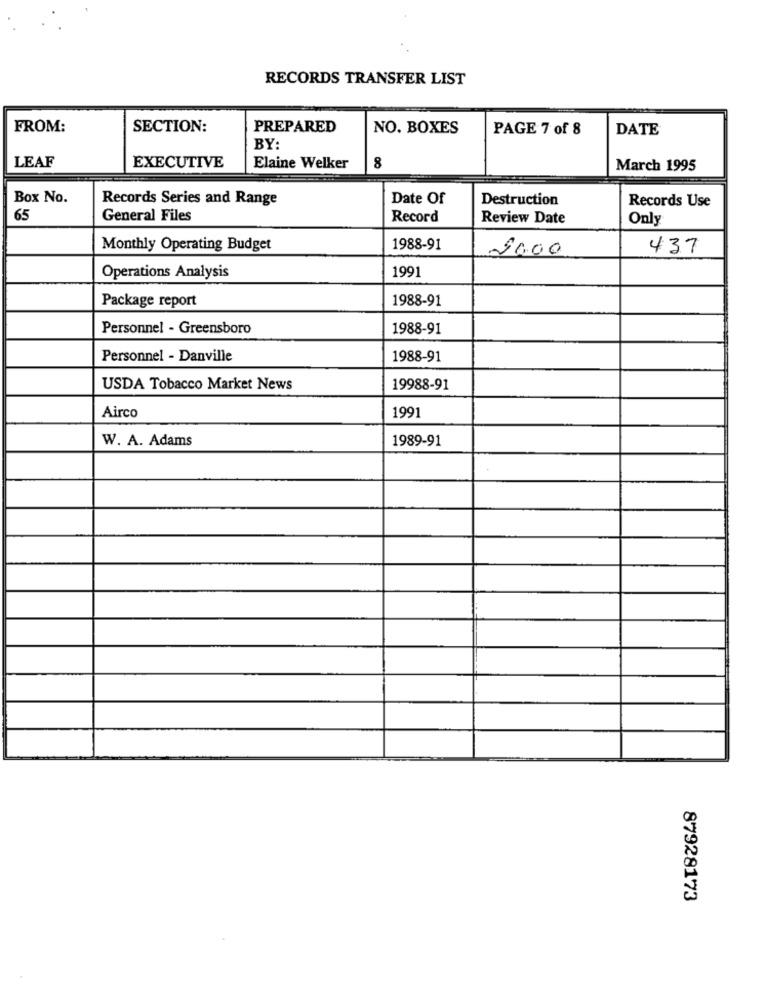
RECORDS TRANSFER LIST
FROM:
SECTION:
PREPARED
NO. BOXES
PAGE 7 of 8
DATE
BY:
LEAF
EXECUTIVE
Elaine Welker
8
March 1995
Box No.
Records Series and Range
Date Of
Destruction
Records Use
65
General Files
Record
Review Date
Only
Monthly Operating Budget
1988-91
20.00
437
1991
Operations Analysis
Package report
1988-91
Personnel - Greensboro
1988-91
Personnel - Danville
1988-91
USDA Tobacco Market News
19988-91
Airco
1991
W. A. Adams
1989-91
87928173